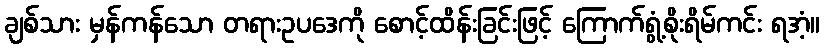
ချစ်သား မှန်ကန်သော တရားဥပဒေကို စောင့်ထိန်းခြင်းဖြင့် ကြောက်ရွံ့စိုးရိမ်ကင်း ရအံ့။